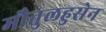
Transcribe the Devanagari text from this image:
मौतुलहुसेन